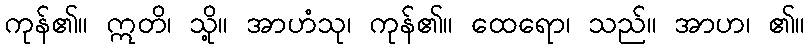
ကုန်၏။ ဣတိ၊ သို့။ အာဟံသု၊ ကုန်၏။ ထေရော၊ သည်။ အာဟ၊ ၏။